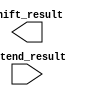
`timescale 1ns / 1ps
//////////////////////////////////////////////////////////////////////////////////
// Company: 
// Engineer: 
// 
// Design Name: 
// Module Name: Shift_Left
// Project Name: 
// Target Devices: 
// Tool Versions: 
// Description: 
// 
// Dependencies: 
// 
// Revision:
// Revision 0.01 - File Created
// Additional Comments:
// 
//////////////////////////////////////////////////////////////////////////////////


module Shift_Left(
    input Extend_result,
    output reg [31:0] Shift_result
    );
endmodule